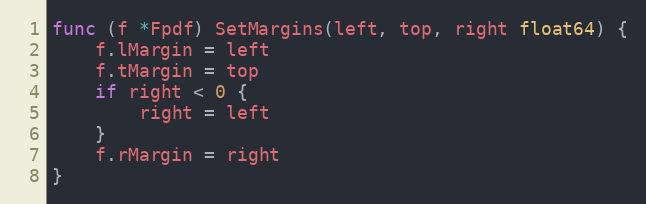
Language: Go
func (f *Fpdf) SetMargins(left, top, right float64) {
	f.lMargin = left
	f.tMargin = top
	if right < 0 {
		right = left
	}
	f.rMargin = right
}